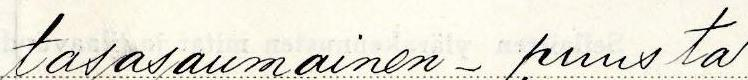
tasasaumainen - puusta